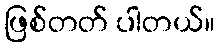
ဖြစ်တတ် ပါတယ်။